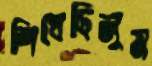
শিখেছিলুম